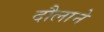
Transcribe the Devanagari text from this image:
दौलाने